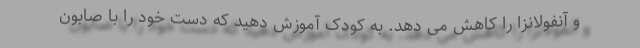
و آنفولانزا را کاهش می دهد. به کودک آموزش دهید که دست خود را با صابون